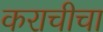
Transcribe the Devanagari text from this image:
कराचीचा